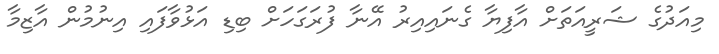
މިއަދުގެ ޝަރީއަތަށް އާފިޔާ ގެނައިއިރު އޭނާ ފުރަގަހަށް ބިޑި އަޅުވާފައި އިނުމުން އާޒިމާ